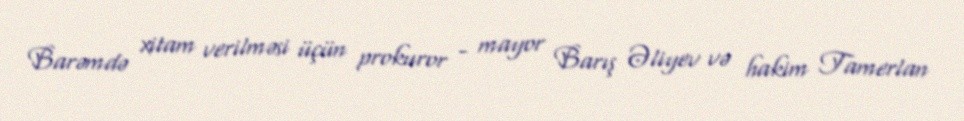
Barəmdə xitam verilməsi üçün prokuror - mayor Barış Əliyev və hakim Tamerlan